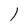
Character: l